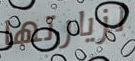
لزيارتها